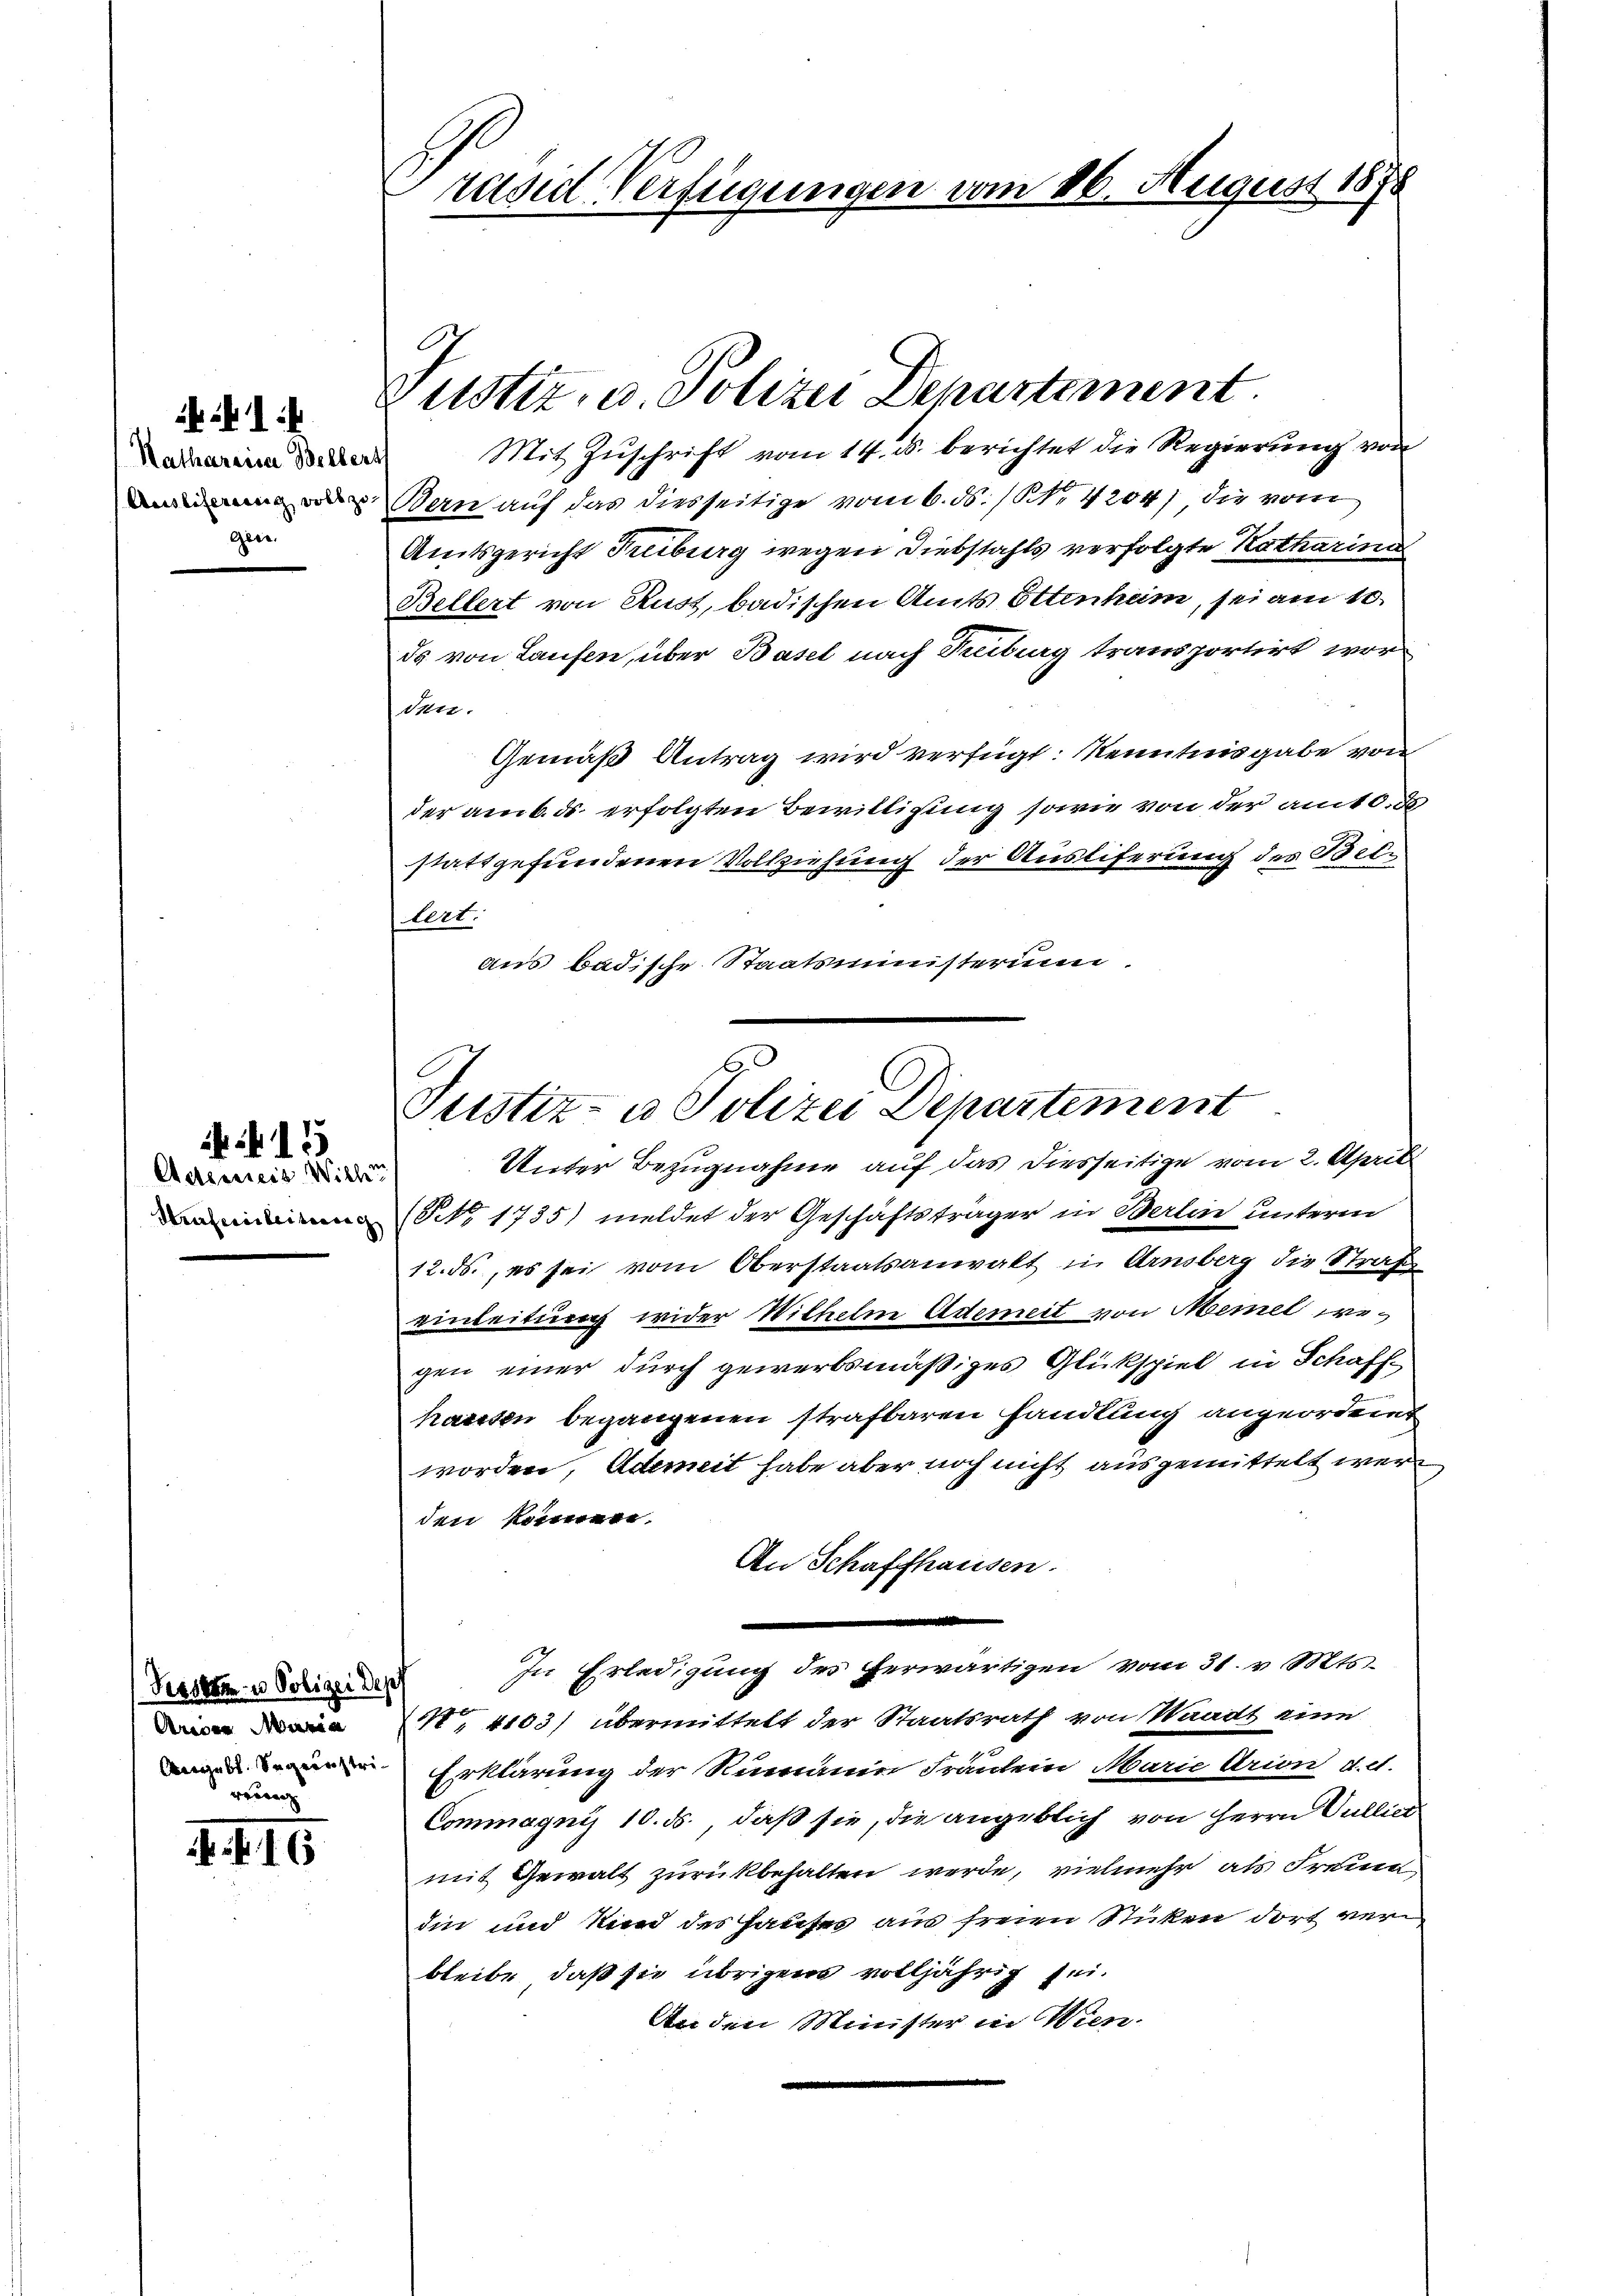
Katharina Beller
Ausliferenig vollzo
gere

Adeweis Wicht
Strafen leitung

411

Kessen u Polizei des
Arie Maria
e

. f. 16

Präsid. Verfügungen vom 16. August 1878

Justiz, u. Polizei Departement.

Mit Zuschrift vom 14. ds. berichtet die Regierung von
d
Bern auf das diesseitige vom 6. ds. / NNo. 4204) die vom
Amtsgericht Tuburg wegen Diebstahls verfolgte Katharina
Bellert von Rust, badischen Amts Ottenham, sei am 10.
ds von Laufen, über Basel nach Kiburg transportirt wor¬
Iter.
Gemäß Antrag wird verfügt: Kenntnisgabe von
der am 6. ds. erfolgten Bewilligung sowie von der amtl.
stattgefundenen Vollziehung der Ausliferung des Bebe
lert.
aus badische Staatsministerun

Justiz- u Polizei Departement
Unter Bezugnahme auf das diesseitige vom 2. April

(NNo. 1735) meldet der Geschäftsträger in Berlin unterm
12. ds., es sei vom Oberstaatsanwalt in Arnsberg die Straß
einleitung wider Wilhelm Ademeit von Memet wegen einer durch gewerbsmäßiges Glückspiel in Schaff-
haresen begangenen strafbaren Handlung angeordnet
worden, Ademit habe aber noch nicht ausgemittelt werden können.
An Schaffhausen.
In Erledigung des herwärtigen vom 31. v. Mts.
 4103) übermittelt der Staatsrath von Waadt eine
 Erklärung der Rumanin Fräulein Marie Arion d. d.
Commagnis 10. ds., daß sie, die angeblich von Herrn Vulliet
mit Gewalt zurückbehalten werde, vielmehr als Freun
din und Kind des Hauses am freien Sticken dort verbleibe, daß sie übrigen volljährig sei.
An den Minister in Wien.